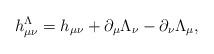
LaTeX: \begin{align*}h_{\mu\nu}^\Lambda = h_{\mu\nu} + \partial_\mu \Lambda_\nu - \partial_\nu \Lambda_\mu ,\end{align*}